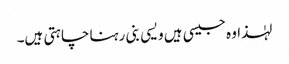
لہٰذا وہ جیسی ہیں ویسی بنی رہنا چاہتی ہیں۔